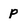
Character: p